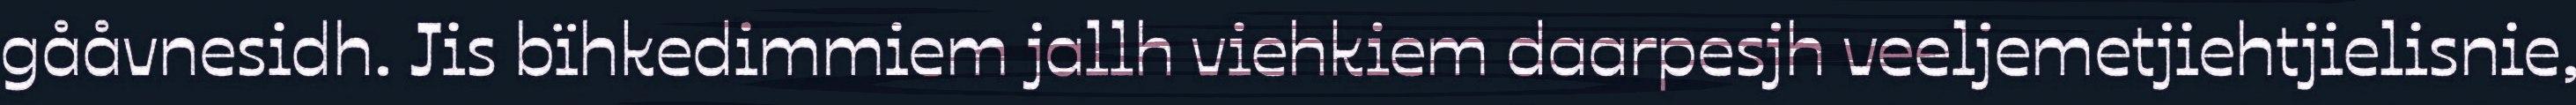
gååvnesidh. Jis bïhkedimmiem jallh viehkiem daarpesjh veeljemetjiehtjielisnie,